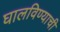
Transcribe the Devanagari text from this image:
घालविण्याची